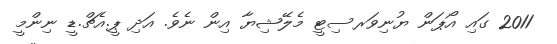
2011 ގައި އޯޕަން ޔުނިވަރސިޓީ މެލޭޝިޔާ އިން ނެވެ. އަދި ޕީ.އެޗް.ޑީ ނިންމީ